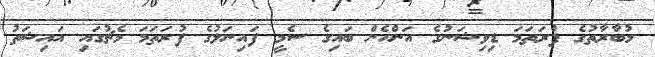
މުބާރާތުގެ ފުރަތަމަ ޑިވިޝަނުގެ އަންހެން ބައިގެ ސެމީ ފައިނަލުގެ ފުރަތަމަ މެޗުގައި އައިޝަތު